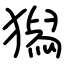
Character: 獡